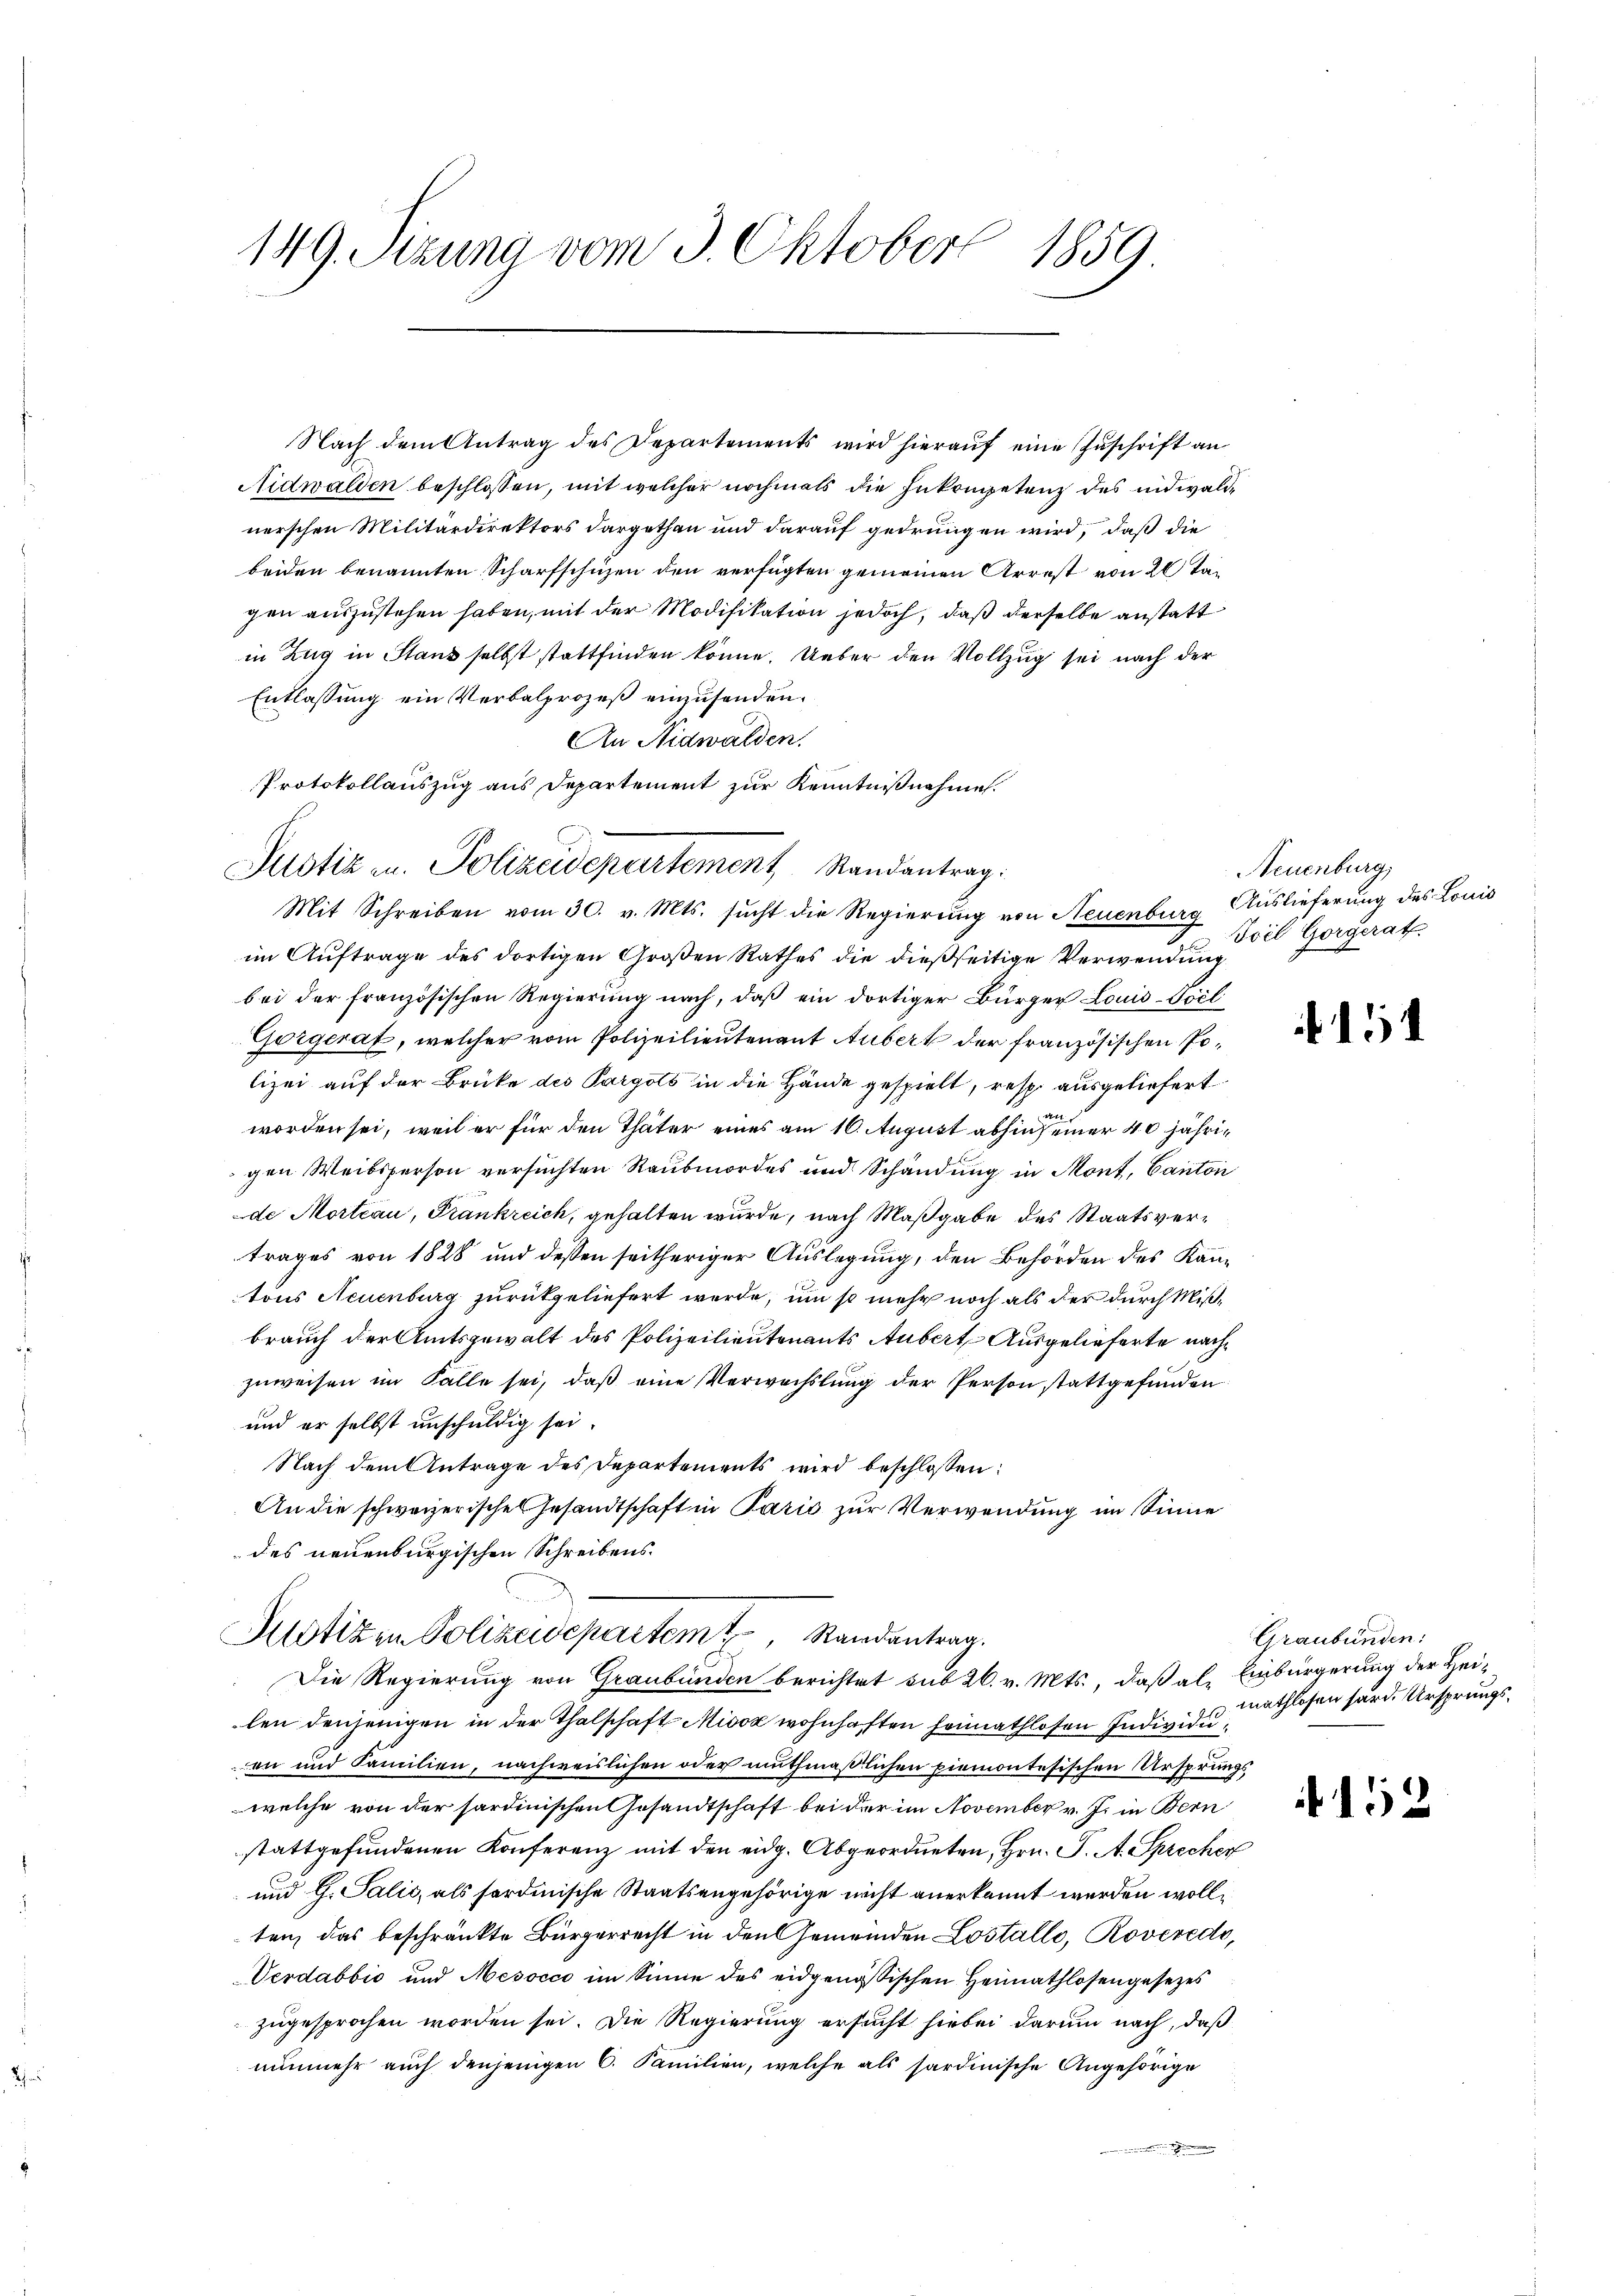
Tha

149. Sizung vom 3. Oktober 1859.

Nach dem Antrag des Departements wird hierauf eine Zuschrift an
Nidwalden beschlossen, mit welcher nochmals die Inkompetenz des indwalde
nerschen Militärdirektors dargethan und darauf gedrungen wird, daß die
beiden benannten Scharfschuzen den verfügten gemeinen Arrest von 20 Tag
gen auszustehen haben, mit der Modifikation jedoch, daß derselbe anstatt
in Zug in Stanz selbst stattfinden könne. Ueber den Vollzug sei nach der
Entlassung ein Verbalprozeß einzusenden.
An Nidwalden.
Protokollauszug aus Departement zur Kenntnißnahme.
Mit Schreiben vom 30. v. Mts. sucht die Regierung von Neuenburg Auslieferung des Louis
im Auftrage des dortigen Großen Rathes die dießseitige Verwendung
bei der französischen Regierung nach, daß ein dortiger Bürger Louis-Socl
Gorgerat, welcher vom Polizeilieutenant Aubert der französischen Polizei auf der Brüke des Pargots in die Hände gespielt, resp. ausgeliefert
44
worden sei, weil er für den Thäter eines am 16. August abhin seiner 40 jährigen Weibsperson versuchten Raubmordes und Schändung in Mont, Canton
de Morteau, Frankreich, gehalten wurde, nach Maßgabe des Staatsvertrages von 1828 und dessen seitheriger Auslegung, den Behörden des Kantons Neuenburg zurückgeliefert werde, um so mehr noch als der durch Mißbrauch der Amtsgewalt des Polizeilieutenants Aubert Ausgelieferte nachzuweisen im Falle sei, daß eine Verwechslung der Person stattgefunden
und er selbst unschuldig sei.
Nach dem Antrage des Departements wird beschlossen:
An die schweizerisches Gesandtschaft in Paris zur Verwendung im Sinne
des neuenburgischen Schreibens
Hotizen Polizeidepartem Randantrag.
Die Regierung von Graubünden berichtet sub 26. v. Mts., daß als Einbürgerung der Hei-
len denjenigen in der Thalschaft Misox wohnhaften heimathlosen Individuen und Familien, nachweislichen oder muthmaßlichen Piemontesischen Ursprungswelche von der sardinischen Gesandtschaft bei der im November v. J. in Bern
stattgefundenen Konferenz mit den eidg. Abgeordneten, Hrn. J. A. Sprecher
und G. Salić, als fordinische Staatsangehörige nicht anerkannt werden wollten, das beschränkte Bürgerrecht in den Gemeinden Lostalli, Roveredo,
Verdabbio und Mesocco im Sinne des eidgenössischen Heimathlosengesezes
zugesprochen worden sei. Die Regierung ersucht hiebei darum nach, daß
nunmehr auch denjenigen 6. Familien, welche als sardinische Angehörige

Justiz zu. Polizeidepartement Randantrag:

Neuenburg,
Soil Gorgerat

1

Graubünden:
mathlosen hard. Ursprungs¬

152